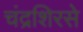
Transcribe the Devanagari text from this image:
चंद्रशिरसे